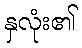
နှလုံး၏